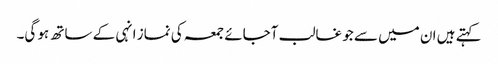
کہتے ہیں ان میں سے جو غالب آجائے جمعہ کی نماز انہی کے ساتھ ہو گی۔